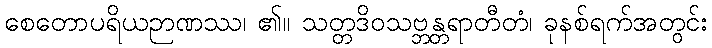
စေတောပရိယဉာဏဿ၊ ၏။ သတ္တဒိဝသဗ္ဘန္တရာတီတံ၊ ခုနစ်ရက်အတွင်း